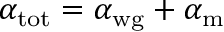
\alpha _ { \mathrm { t o t } } = \alpha _ { \mathrm { w g } } + \alpha _ { \mathrm { m } }